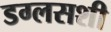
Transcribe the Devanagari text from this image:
डग्लसशी